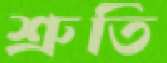
শ্রুতি